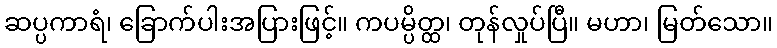
ဆပ္ပကာရံ၊ ခြောက်ပါးအပြားဖြင့်။ ကပမ္ပိတ္ထ၊ တုန်လှုပ်ပြီ။ မဟာ၊ မြတ်သော။